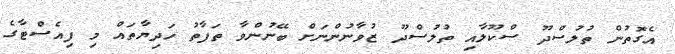
އެގޮތުން ތުލުސްދޫ ސްކޫލާއި ތުލުސްދޫ ޒުވާނުންނަށް ބޭނުންވާ ތަފާތު ހަދިޔާތައް މި ފިއެސްޓާގެ